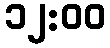
၁၂:၀၀